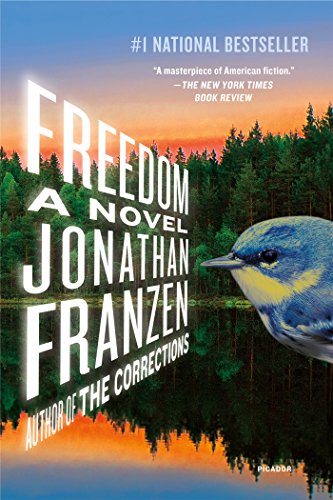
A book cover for Freedom: A Novel (Oprah's Book Club); Jonathan Franzen; Literature & Fiction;